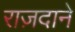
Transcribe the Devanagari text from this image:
राज़दाने